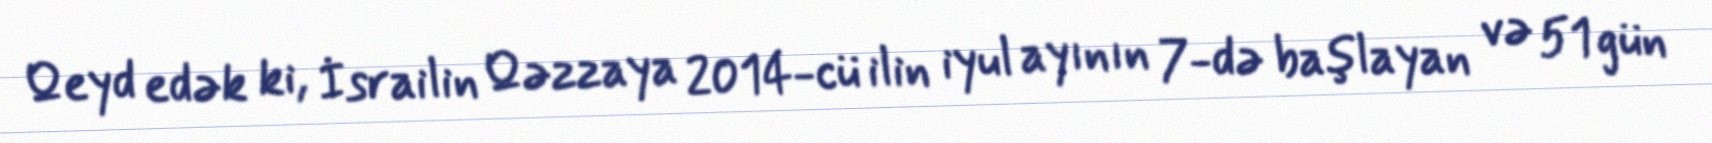
Qeyd edək ki, İsrailin Qəzzaya 2014-cü ilin iyul ayının 7-də başlayan və 51 gün